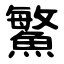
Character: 鰵